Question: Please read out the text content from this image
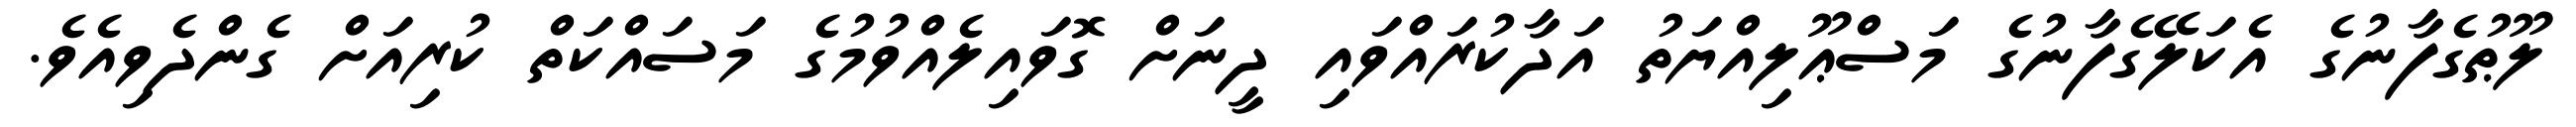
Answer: ލޫޠުގެފާނުގެ އެކަލޭގެފާނުގެ މަސްޢޫލިއްޔަތު އަދާކުރައްވައި ދީނަށް ގޮވައިލެއްވުމުގެ މަސައްކަތް ކުރިއަށް ގެންދެވިއެވެ.